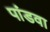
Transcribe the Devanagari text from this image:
पांडवा